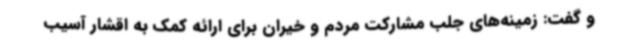
و گفت: زمینه‌های جلب مشارکت مردم و خیران برای ارائه کمک به اقشار آسیب